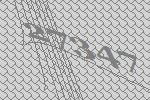
27347